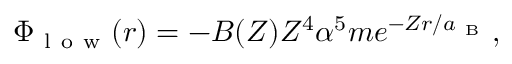
\begin{array} { r } { \Phi _ { \mathrm { ~ l ~ o ~ w ~ } } ( r ) = - B ( Z ) Z ^ { 4 } \alpha ^ { 5 } m e ^ { - Z r / a _ { \mathrm { ~ B ~ } } } , } \end{array}